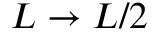
L \to L / 2